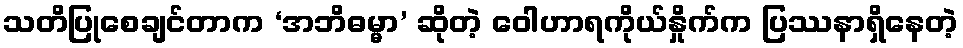
သတိပြုစေချင်တာက ‘အဘိဓမ္မာ’ ဆိုတဲ့ ဝေါဟာရကိုယ်နှိုက်က ပြဿနာရှိနေတဲ့